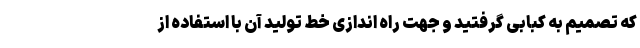
که تصمیم به کبابی گرفتید و جهت راه اندازی خط تولید آن با استفاده از